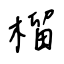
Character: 榴